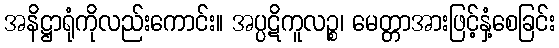
အနိဋ္ဌာရုံကိုလည်းကောင်း။ အပ္ပဋိကူလဉ္စ၊ မေတ္တာအားဖြင့်နှံ့စေခြင်း